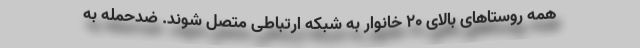
همه روستاهای بالای ۲۰ خانوار به شبکه ارتباطی متصل شوند. ضدحمله به